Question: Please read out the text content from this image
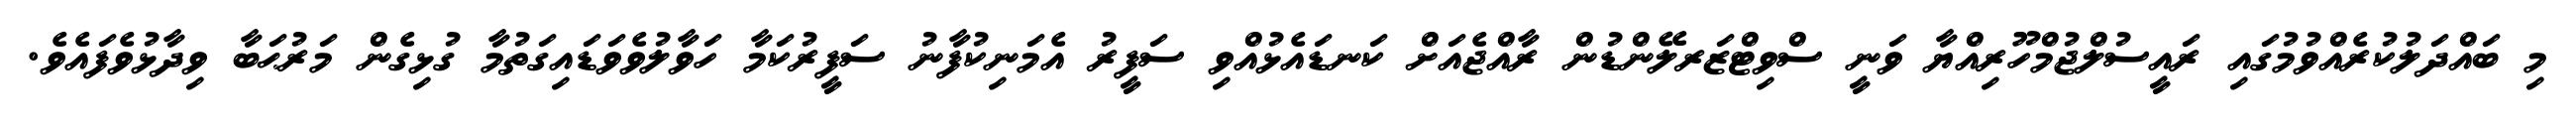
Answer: މި ބައްދަލުކުރެއްވުމުގައި ރައީސުލްޖުމްހޫރިއްޔާ ވަނީ ސްވިޓްޒަރލޭންޑުން ރާއްޖެއަށް ކަނޑައެޅުއްވި ސަފީރު އެމަނިކުފާނު ސަފީރުކަމާ ހަވާލުވެވަޑައިގަތުމާ ގުޅިގެން މަރުޙަބާ ވިދާޅުވެފައެވެ.